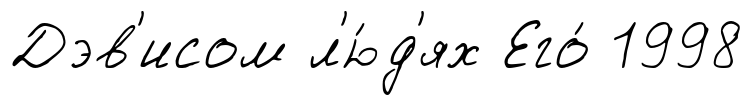
Дэв'исом л'ю́д'ях Его́ 1998